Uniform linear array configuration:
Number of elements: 24
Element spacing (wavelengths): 0.25
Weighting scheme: cosine
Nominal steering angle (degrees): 45
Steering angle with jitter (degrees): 44.269
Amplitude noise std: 0.05
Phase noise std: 0.05

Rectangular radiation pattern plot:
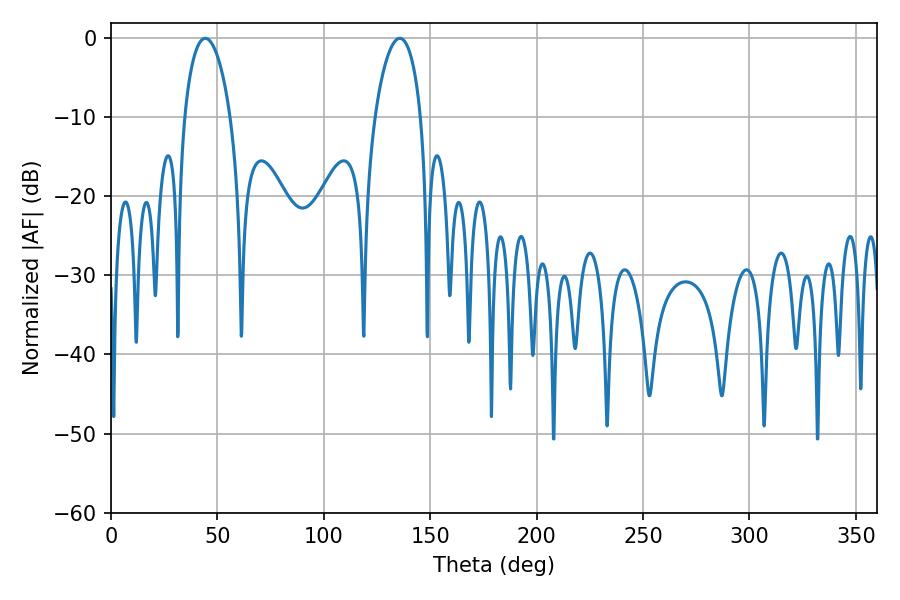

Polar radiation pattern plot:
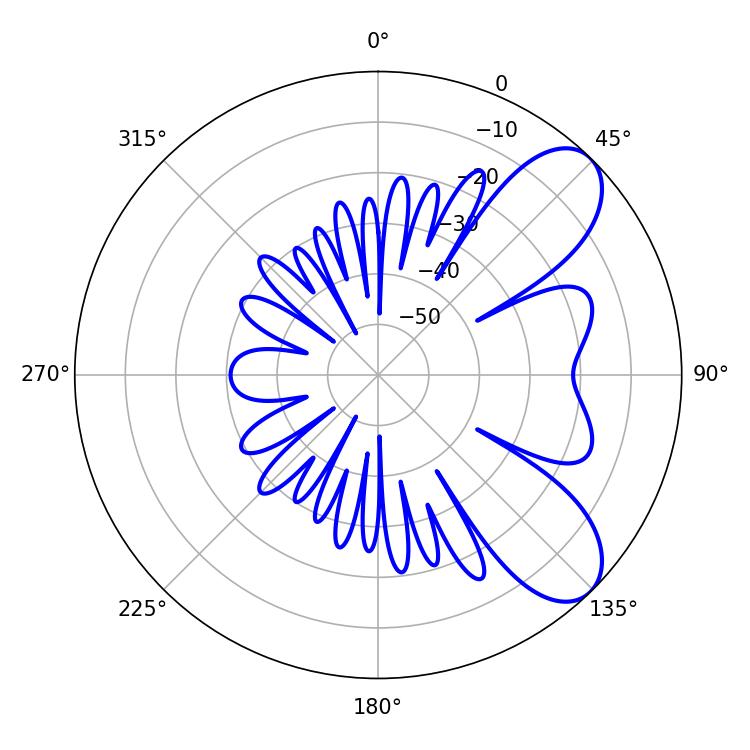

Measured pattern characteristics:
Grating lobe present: FALSE
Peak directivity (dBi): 7.801
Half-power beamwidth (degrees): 12.24
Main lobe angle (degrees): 44.28